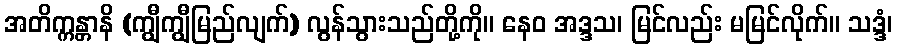
အတိက္ကန္တာနိ (ကျွီကျွီမြည်လျက်) လွန်သွားသည်တို့ကို။ နေဝ အဒ္ဒသ၊ မြင်လည်း မမြင်လိုက်။ သဒ္ဒံ၊